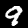
Label: 9